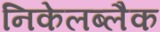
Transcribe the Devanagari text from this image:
निकेलब्लैक